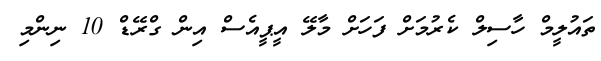
ތައުލީމް ހާސިލް ކެރުމަށް ފަހަށް މާލޭ އީޕީއެސް އިން ގްރޭޑް 10 ނިންމި